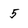
Character: 5